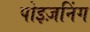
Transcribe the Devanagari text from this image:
पोइज़निंग